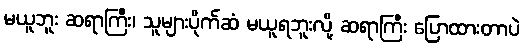
မယူဘူး ဆရာကြီး၊ သူများပိုက်ဆံ မယူရဘူးလို့ ဆရာကြီး ပြောထားတာပဲ